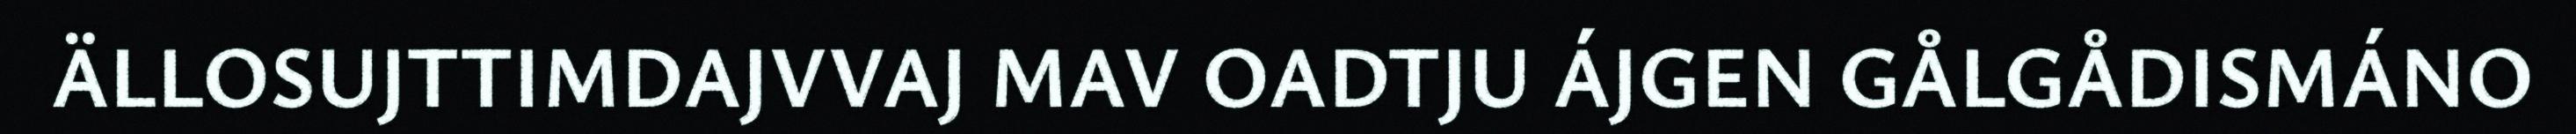
ÄLLOSUJTTIMDAJVVAJ MAV OADTJU ÁJGEN GÅLGÅDISMÁNO